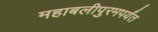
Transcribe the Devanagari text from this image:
महाबलीपुरमपर्यंत